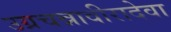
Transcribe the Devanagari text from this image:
उग्रचन्नावीरादेवा